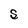
Character: S